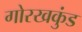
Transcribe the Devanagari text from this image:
गोरखकुंड